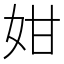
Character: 姏